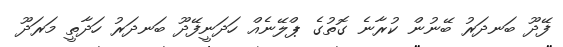
ފޭދޫ ބަނދަރު ބޭނުން ކުރާނެ ގޮތުގެ ޕްލޭނެއް ހަދަނީފޭދޫ ބަނދަރު ހަދާތީ މަރަދޫ